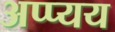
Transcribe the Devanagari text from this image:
अप्प्यय